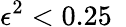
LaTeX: \epsilon^{2}<0.25~\